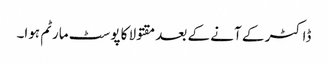
ڈاکٹر کے آنے کے بعد مقتولا کا پوسٹ مارٹم ہوا۔